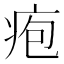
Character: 疱